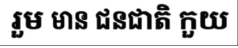
រួម មាន ជនជាតិ កួយ